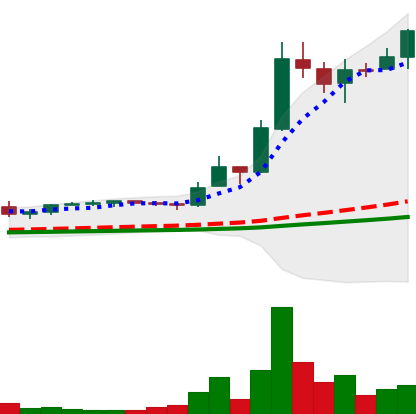
Ticker: LTC-USD
Chart end date: 2017-12-18
Forward return: -19.554%
Label: down_7plus